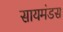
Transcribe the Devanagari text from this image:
सायमंडस